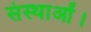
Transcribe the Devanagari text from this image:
संस्थाओं।